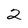
Character: 2